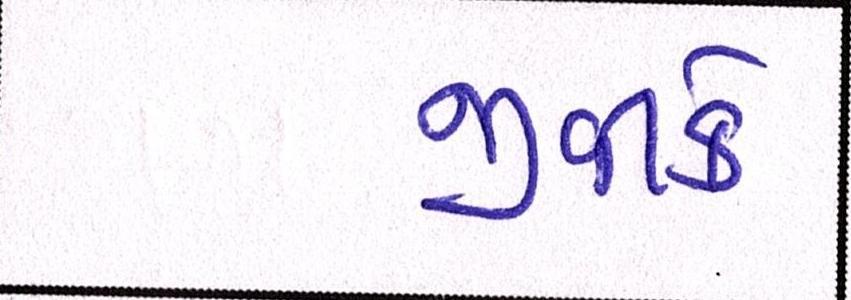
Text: જીવીકે